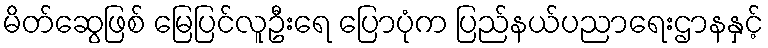
မိတ်ဆွေဖြစ် မြေပြင်လူဦးရေ ပြောပုံက ပြည်နယ်ပညာရေးဌာနနှင့်